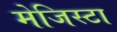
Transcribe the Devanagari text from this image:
मेजिस्टा